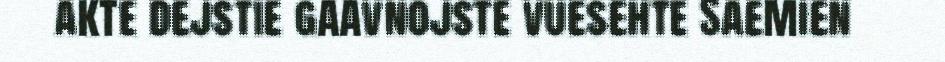
akte dejstie gaavnojste vuesehte Saemien